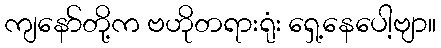
ကျနော်တို့က ဗဟိုတရားရုံး ရှေ့နေပေါ့ဗျာ။